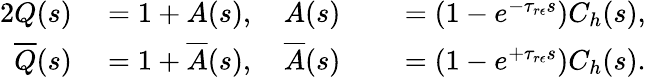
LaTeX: \begin{array}{rlrl}{{2}Q(s)}&{{}=1+A(s),\quad A(s)}&{}&{{}=\left(1-e^{-\tau_{r\epsilon}s}\right)C_{h}(s),}\\ {\overline{{Q}}(s)}&{{}=1+\overline{{A}}(s),\quad\overline{{A}}(s)}&{}&{{}=\left(1-e^{+\tau_{r\epsilon}s}\right)C_{h}(s).}\end{array}